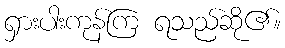
ရှားပါးကုန်ကြ ရသည်ဆို၏။